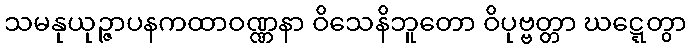
သမနုယုဉ္ဇာပနကထာဝဏ္ဏနာ ဝိသေနိဘူတော ဝိပုဗ္ဗတ္တာ ဃဋ္ဋေတွာ